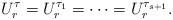
LaTeX: \begin{align*}U_{r}^{\tau}=U_{r}^{\tau_1}=\cdots=U_{r}^{\tau_{s+1}}.\end{align*}